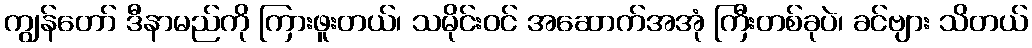
ကျွန်တော် ဒီနာမည်ကို ကြားဖူးတယ်၊ သမိုင်းဝင် အဆောက်အအုံ ကြီးတစ်ခုပဲ၊ ခင်ဗျား သိတယ်